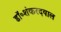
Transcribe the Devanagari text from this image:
डॉ॰शंकरदयाल